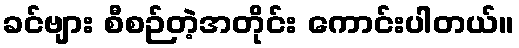
ခင်ဗျား စီစဉ်တဲ့အတိုင်း ကောင်းပါတယ်။